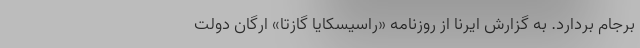
برجام بردارد. به گزارش ایرنا از روزنامه «راسیسکایا گازتا» ارگان دولت